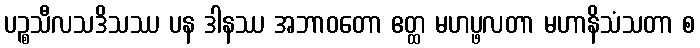
ပဉ္စသီလသဒိသဿ ပန ဒါနဿ အဘာဝတော ဧတ္ထ မဟပ္ဖလတာ မဟာနိသံသတာ စ